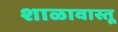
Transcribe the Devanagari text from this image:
शाळावास्तू